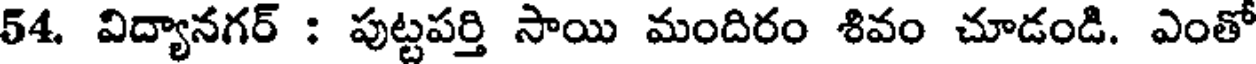
54. విద్యానగర్ : పుట్టపర్తి సాయి మందిరం శివం చూడండి. ఎంతో